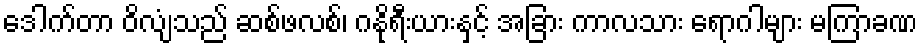
ဒေါက်တာ ဝိလျံသည် ဆစ်ဖလစ်၊ ဂနိုရီးယားနှင့် အခြား ကာလသား ရောဂါများ မကြာခဏ